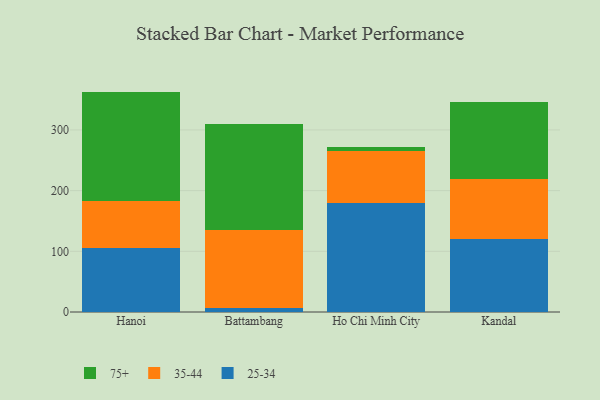
{"axis": {"x": "City", "y": "Operating Costs (USD K)"}, "legend": ["25-34", "35-44", "75+"], "data": [{"x": "Hanoi", "y": 104.9, "type": "25-34"}, {"x": "Hanoi", "y": 78.4, "type": "35-44"}, {"x": "Hanoi", "y": 179.9, "type": "75+"}, {"x": "Battambang", "y": 6.9, "type": "25-34"}, {"x": "Battambang", "y": 128.3, "type": "35-44"}, {"x": "Battambang", "y": 175.0, "type": "75+"}, {"x": "Ho Chi Minh City", "y": 178.9, "type": "25-34"}, {"x": "Ho Chi Minh City", "y": 86.7, "type": "35-44"}, {"x": "Ho Chi Minh City", "y": 6.4, "type": "75+"}, {"x": "Kandal", "y": 121.0, "type": "25-34"}, {"x": "Kandal", "y": 98.7, "type": "35-44"}, {"x": "Kandal", "y": 126.5, "type": "75+"}]}